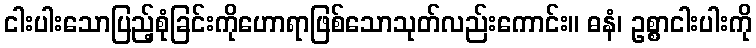
ငါးပါးသောပြည့်စုံခြင်းကိုဟောရာဖြစ်သောသုတ်လည်းကောင်း။ ဓနံ၊ ဥစ္စာငါးပါးကို